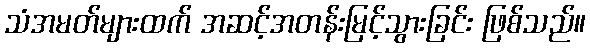
သံအမတ်များထက် အဆင့်အတန်းမြင့်သွားခြင်း ဖြစ်သည်။